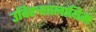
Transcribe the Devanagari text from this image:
उविरुशालायिम